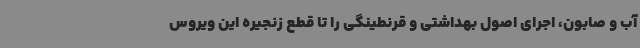
آب و صابون، اجرای اصول بهداشتی و قرنطینگی را تا قطع زنجیره این ویروس